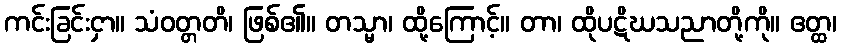
ကင်းခြင်းငှာ။ သံဝတ္တတိ၊ ဖြစ်၏။ တသ္မာ၊ ထို့ကြောင့်။ တာ၊ ထိုပဋိဃသညာတို့ကို။ ဧတ္ထ၊